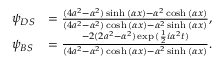
\begin{array} { r l r } & { \psi _ { D S } } & { = \frac { ( 4 a ^ { 2 } - \alpha ^ { 2 } ) \sinh { ( \alpha x ) } - \alpha ^ { 2 } \cosh { ( \alpha x ) } } { ( 4 a ^ { 2 } - \alpha ^ { 2 } ) \cosh { ( \alpha x ) } - \alpha ^ { 2 } \sinh { ( \alpha x ) } } , } \\ & { \psi _ { B S } } & { = \frac { - 2 ( 2 a ^ { 2 } - \alpha ^ { 2 } ) \exp { ( \frac { 1 } { 2 } i \alpha ^ { 2 } t } ) } { ( 4 a ^ { 2 } - \alpha ^ { 2 } ) \cosh { ( \alpha x ) } - \alpha ^ { 2 } \sinh { ( \alpha x ) } } . } \end{array}